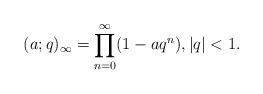
LaTeX: \begin{align*}(a;q)_{\infty}=\prod_{n=0}^{\infty}(1-aq^{n}),|q|<1.\end{align*}